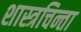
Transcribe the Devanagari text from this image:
शास्त्रचिन्ता